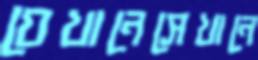
যেখানেসেখানে